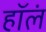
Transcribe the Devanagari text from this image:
हॉलं